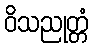
ဝိသညုတ္တံ